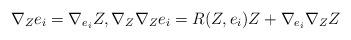
LaTeX: \begin{align*}\nabla_{Z} e_{i} = \nabla_{e_{i}} Z, \nabla_{Z} \nabla_{Z} e_{i} = R(Z, e_{i})Z + \nabla_{e_{i}} \nabla_{Z} Z\end{align*}